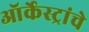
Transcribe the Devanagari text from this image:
ऑर्केस्ट्रांचे